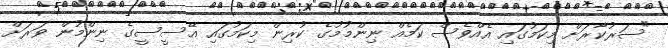
"ސަރުކާރަށް މިކަމުގައި އެއްވެސް ކަމެއް ނިންމުމުގެ ކުރިން މިކަމުގައި އޭސީސީގެ ނިންމުން ވަރަށް